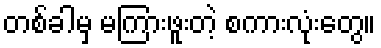
တစ်ခါမှ မကြားဖူးတဲ့ စကားလုံးတွေ။